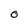
Character: 0